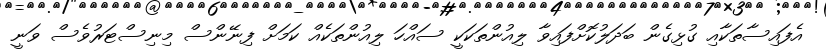
އެފައިސާތަކާއި ގުޅިގެން ބަދަލުކޮށްފައިވާ ލިއުންތަކަކީ ސައްހަ ލިއުންތަކެއް ކަމަށް ފިނޭންސް މިނިސްޓަރުވެސް ވަނީ